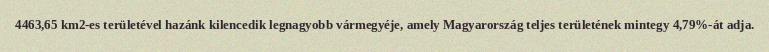
4463,65 km2-es területével hazánk kilencedik legnagyobb vármegyéje, amely Magyarország teljes területének mintegy 4,79%-át adja.